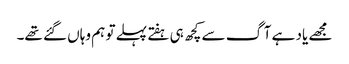
مجھے یاد ہے آگ سے کچھ ہی ہفتے پہلے تو ہم وہاں گئے تھے۔